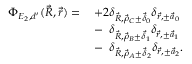
\begin{array} { r l } { \Phi _ { E _ { 2 } , d ^ { \prime } } ( \vec { R } , \vec { r } ) = \, } & { + 2 \delta _ { \vec { R } , \vec { \rho } _ { C } \pm \vec { \delta } _ { 0 } } \delta _ { \vec { r } , \pm \vec { a } _ { 0 } } } \\ & { - \phantom { 2 } \delta _ { \vec { R } , \vec { \rho } _ { B } \pm \vec { \delta } _ { 1 } } \delta _ { \vec { r } , \pm \vec { a } _ { 1 } } } \\ & { - \phantom { 2 } \delta _ { \vec { R } , \vec { \rho } _ { A } \pm \vec { \delta } _ { 2 } } \delta _ { \vec { r } , \pm \vec { a } _ { 2 } } . } \end{array}